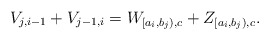
\begin{align*}V_{j,i-1} + V_{j-1,i} = W_{[a_i,b_j),c}+Z_{[a_i,b_j),c}.\end{align*}